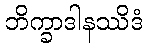
ဘိက္ခာဒါနဿိဒံ